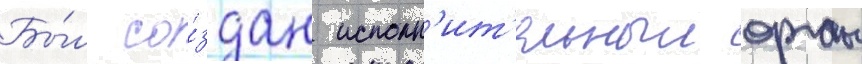
Бы́л со́здан исполн'ит'ельныи орган